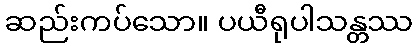
ဆည်းကပ်သော။ ပယီရုပါသန္တဿ